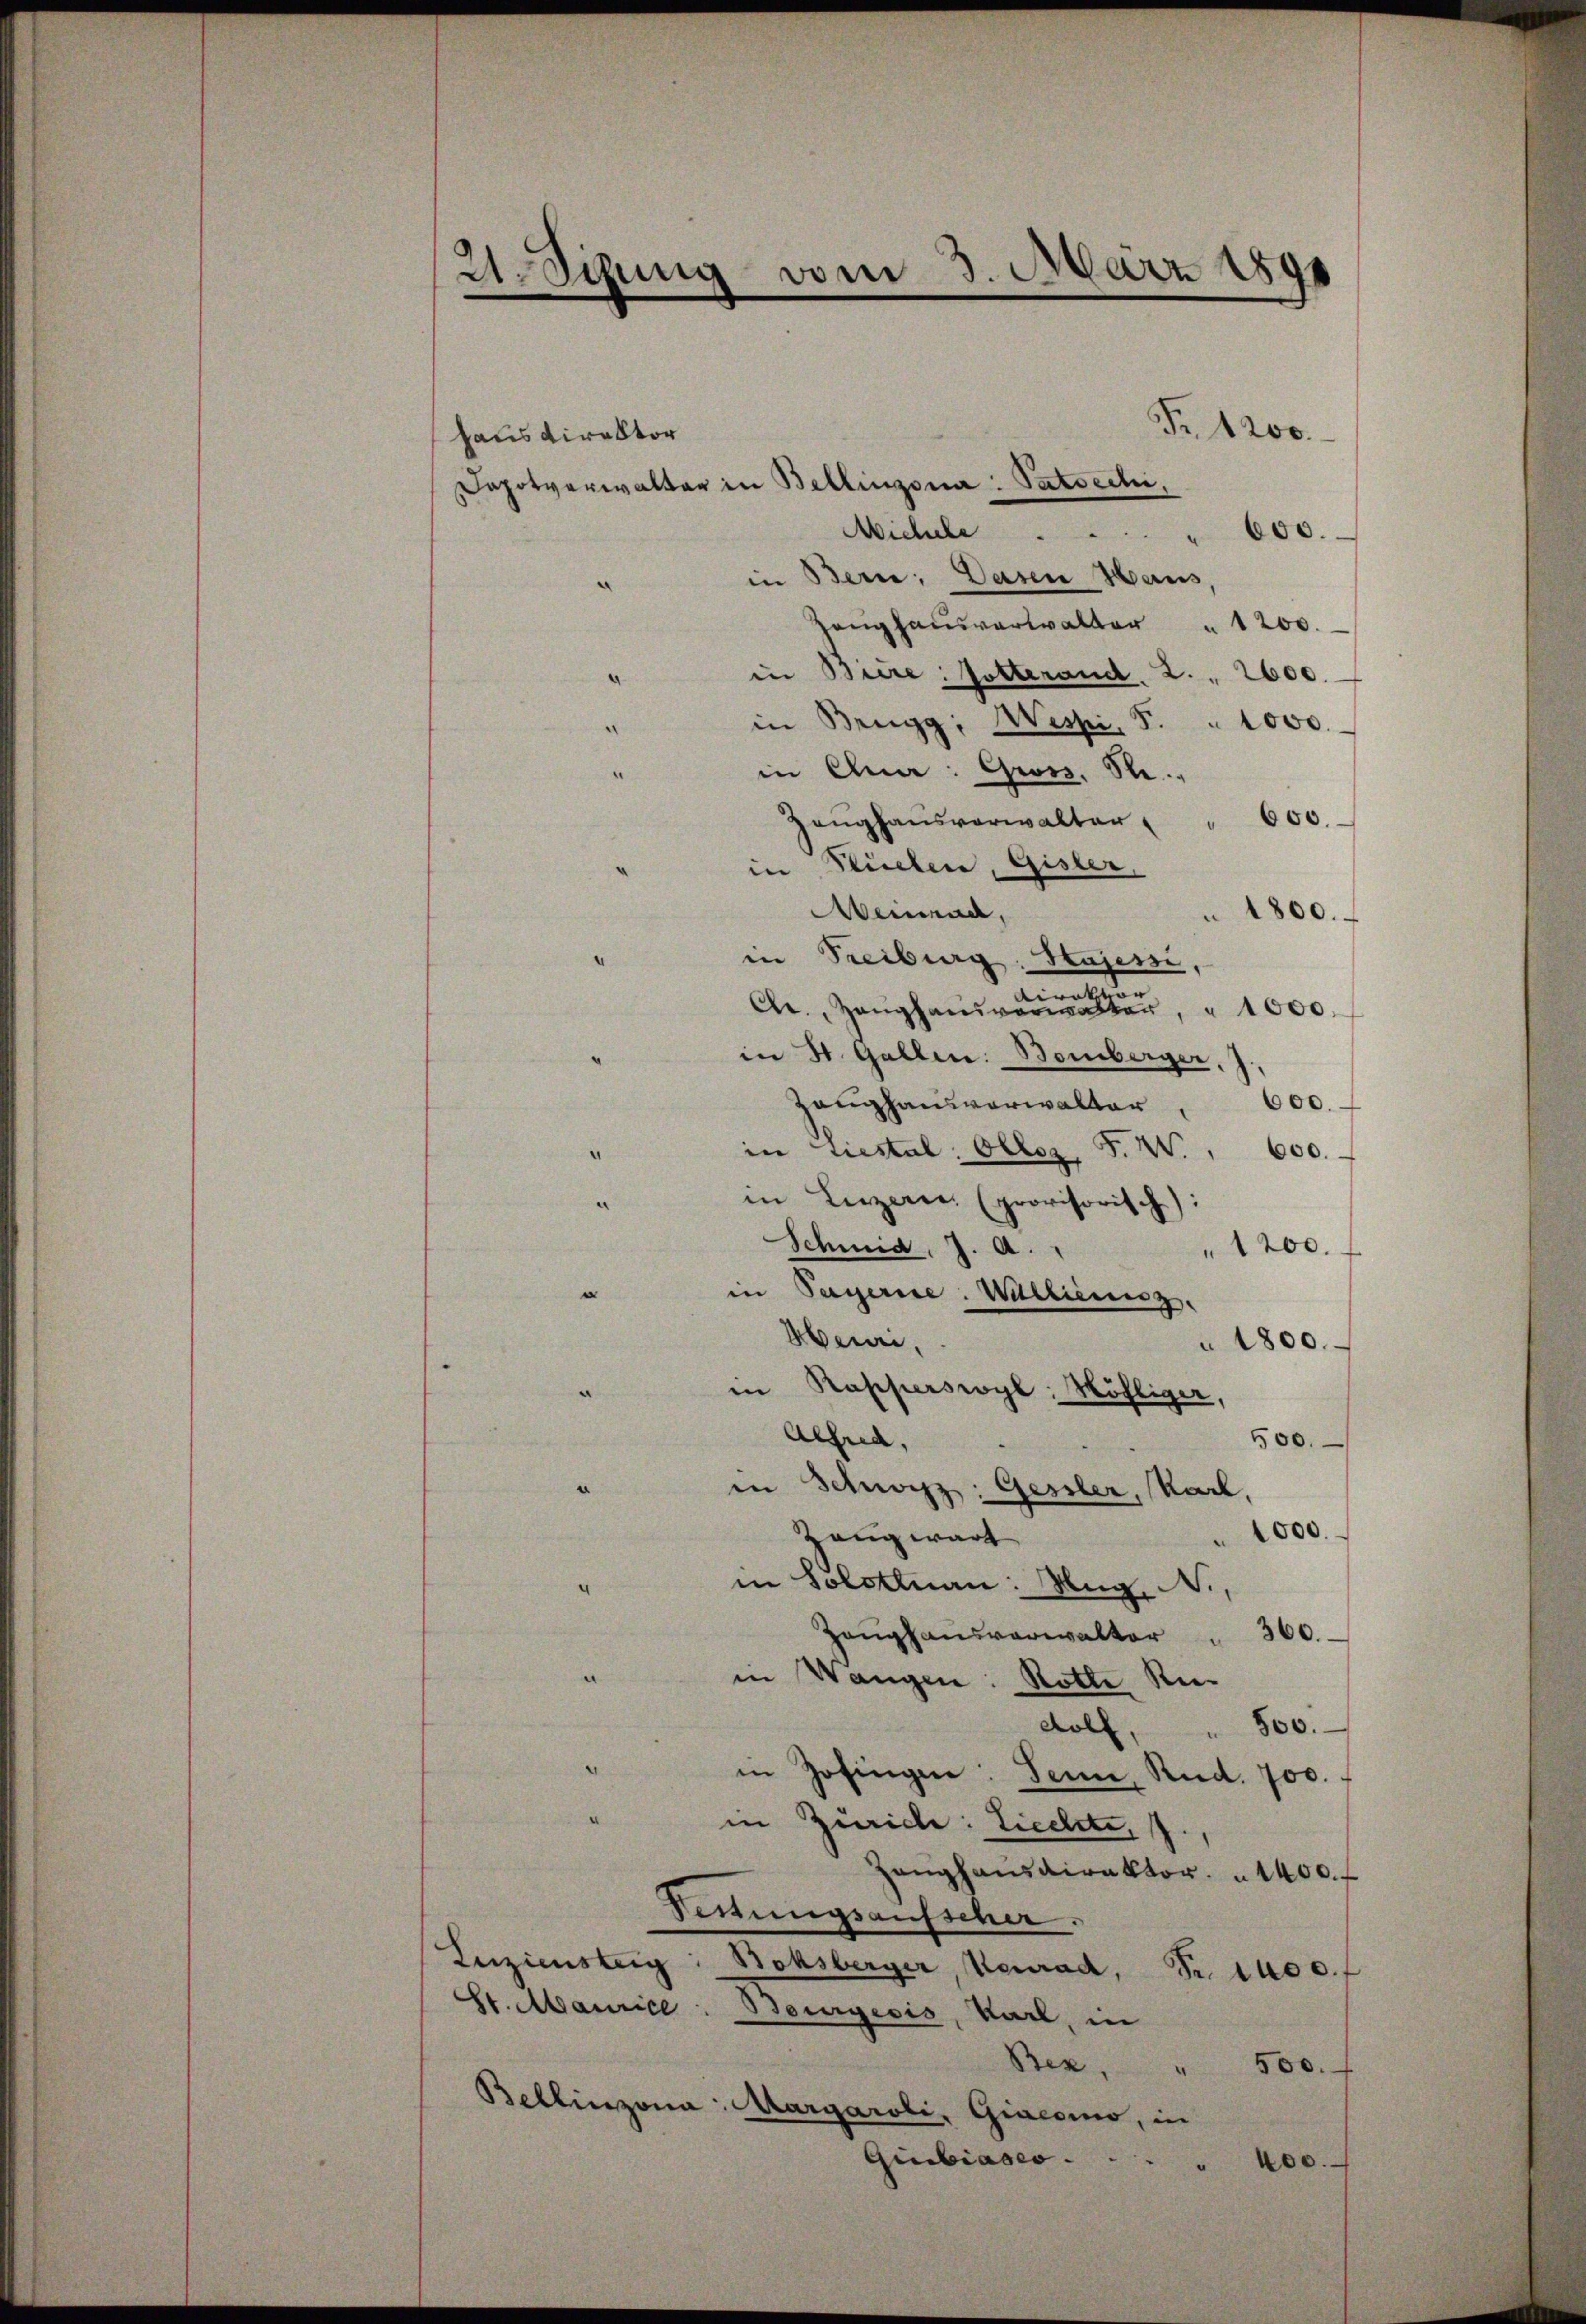
vom 3. März 1891
USihung

Fr. 1200.
haus Direktor
apotverwalter in Bellinzona Patocchi,
Michele  ..  .. . . 600.
in Bern: Dasen Haus,
Langhausverwalter " 1200.
in Biere: Gotterand. 2. " 2600.
.
in Brugg, Wessi, F. " 1000.
a
in Chia: Gross. S.
“
600.
Zeughausverwalter,
in Flüelen, Gisler,
Abeinend,
1800.
in Freiburg, Husern
a
., Hanghausverwalten
1000.
in St. Gallen: Bomberger, J.
Zaughausverwalter
600.
in Liestal: Olloz. F. W.
600.
in Luzern, (provisorisch):
Schmid, J. A.
1200.
in Payerire. Willieniz.
Aber,
1800.
in
Rapperswyl, Möhliger,
Alfred,
500.
in Schwyz: Gessler, Karl,
1000.
Zaug wart
¬
in Solotnau: Aug. N.,
Zeŭghaŭsverwalter " 300.
in Wangen: Rotte Re¬
500.
dolf,
“
in Zofingen: Jenne, Rud. 700.
a
in Zürich: Liechte, J.
Hanghansdirektor 1400. f
Festungsaufscher.
Zuziensteig: Boksberger, Neurad, Fr. 1400. f
St. Maurice Beurgesis, Karl, in
Bez,
500.
Bellinzona Margaroli, Giacomo, in
Giubiases.
" 400.